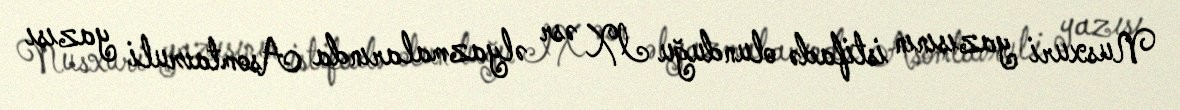
Nusxuri yazısının istifadə olunduğu IX əsr əlyazmalarında Asomtavruli yazısı